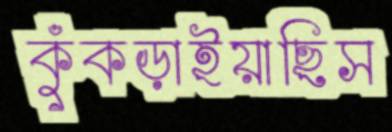
কুঁকড়াইয়াছিস